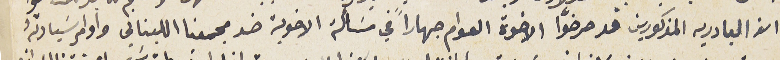
ان البادريه المذكورين قد حرضوا الاخوة العوام جهاراً في مسَألة الاخوية ضد مجمعنا اللبناني واومر سَيادتهُ